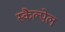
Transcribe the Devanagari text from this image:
स्कैल्पेल